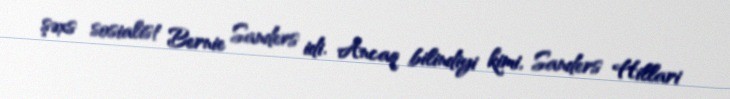
şəxs sosialist Bernie Sanders idi. Ancaq bilindiyi kimi, Sanders Hillari